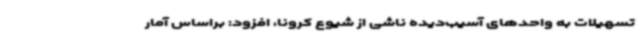
تسهیلات به واحدهای آسیب‌دیده ناشی از شیوع کرونا، افزود: براساس آمار